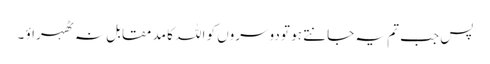
پس جب تم یہ جانتے ہو تو دوسروں کو اللہ کا مد مقابل نہ ٹھہراؤ ۔